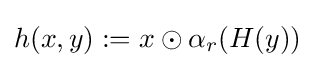
h(x,y):=x\odot \alpha _{r}(H(y))